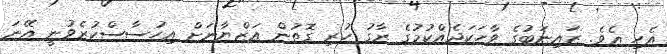
އެހި އެވެ. ޒައިނަބުގެ ވާހަކަދެއްކުމުގެ ރާގު ހުރި ގޮތުން އަޒްޔާނަށް އިހުސާސްކުރެވުނީ އޭނަ